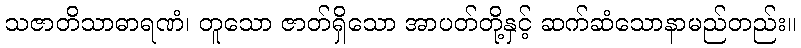
သဇာတိသာဓာရဏံ၊ တူသော ဇာတ်ရှိသော အာပတ်တို့နှင့် ဆက်ဆံသောနာမည်တည်း။